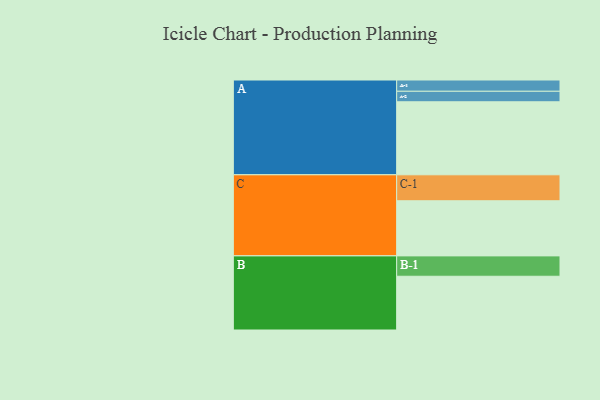
{"axis": {"x": "Segment", "y": "Value"}, "legend": ["", "A", "B", "C"], "data": [{"x": "A", "y": 473, "type": ""}, {"x": "B", "y": 348, "type": ""}, {"x": "C", "y": 357, "type": ""}, {"x": "A-1", "y": 73, "type": "A"}, {"x": "A-2", "y": 68, "type": "A"}, {"x": "B-1", "y": 132, "type": "B"}, {"x": "C-1", "y": 168, "type": "C"}]}